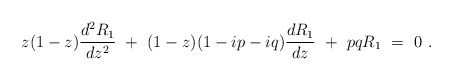
\begin{align*}z(1-z){d^{2}R_1 \over dz^{2}}~+~(1-z)(1-ip-iq){dR_1 \over dz}~+~pqR_1~=~0~.\end{align*}